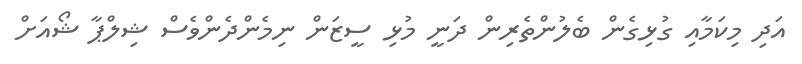
އަދި މިކަމާއި ގުޅިގެން ބެލުންތެރިން ދަނީ މުޅި ސީޒަން ނިމެންދެންވެސް ޝިލްޕާ ޝޯއަށް